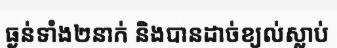
ធ្ងន់ទាំង២នាក់ និងបានដាច់ខ្យល់ស្លាប់